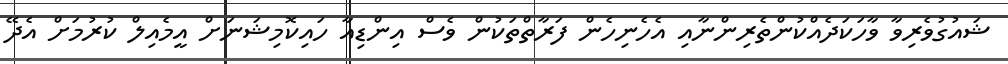
ޝައުގުވެރިވާ ވާހަކަދެއްކުންތެރިންނާއި އެހެނިހެން ފަރާތްތަކުން ވެސް އިންޑިއާ ހައިކޮމިޝަނަށް އީމެއިލް ކުރުމަށް އެދޭ